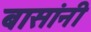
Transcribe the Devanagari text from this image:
बासांनी